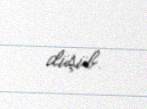
düşüb.